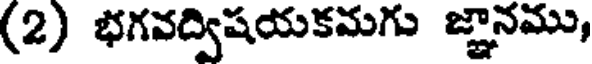
(2) భగవద్విషయకమగు జ్ఞానము,